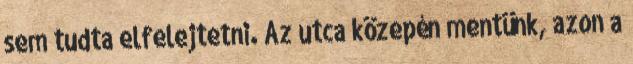
sem tudta elfelejtetni. Az utca közepén mentünk, azon a